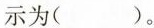
示为( )。